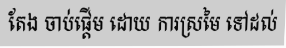
តែង ចាប់ផ្តើម ដោយ ការស្រមៃ ទៅដល់